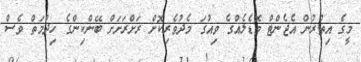
މީގެ އިތުރުން އެޖެންޓް މޮޑެލެއްގެ ވިއުގަ މެދުވެރިކޮށް ރަށްރަށަށް ބޭންކިންގެ ހިދުމަތް ވެސް